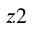
_ { z 2 }